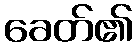
ခေတ်၏